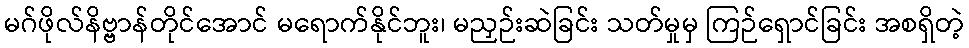
မဂ်ဖိုလ်နိဗ္ဗာန်တိုင်အောင် မရောက်နိုင်ဘူး၊ မညှဉ်းဆဲခြင်း သတ်မှုမှ ကြဉ်ရှောင်ခြင်း အစရှိတဲ့